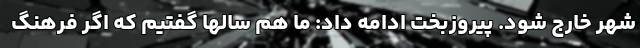
شهر خارج شود. پیروزبخت ادامه داد: ما هم سالها گفتیم که اگر فرهنگ